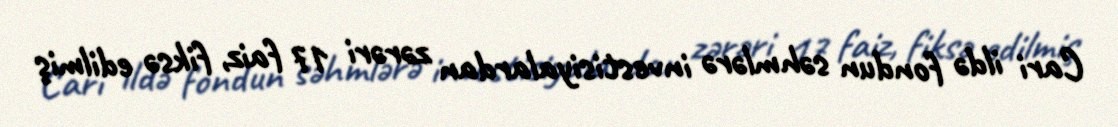
Cari ildə fondun səhmlərə investisiyalardan zərəri 17 faiz, fiksə edilmiş